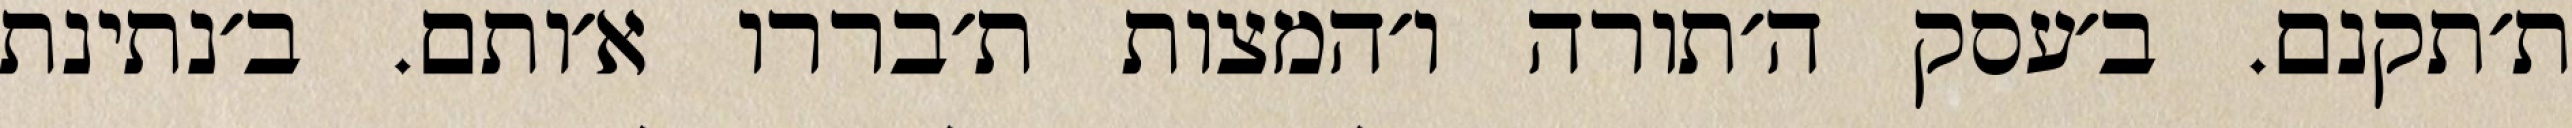
ת׳תקנם. ב׳עסק ה׳תורה ו׳המצות ת׳בררו א׳ותם. ב׳נתינת